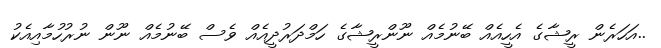
..އަހަރެން ރީޝާގެ އެހީއެއް ބޭނުމެއް ނޫންރީޝާގެ ހަމްދަރުދީއެއް ވެސް ބޭނުމެއް ނޫން ނުރުހުމާއިއެކު